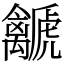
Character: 𧈛